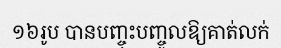
១៦រូប បានបញ្ចុះបញ្ចូលឱ្យគាត់លក់